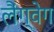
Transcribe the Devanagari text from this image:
लैंग्वेग